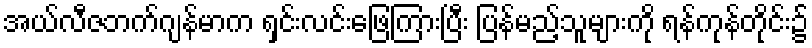
အယ်လီဇဘက်ဂျန်မာက ရှင်းလင်းဖြေကြားပြီး ပြန်မည့်သူများကို ရန်ကုန်တိုင်း၌